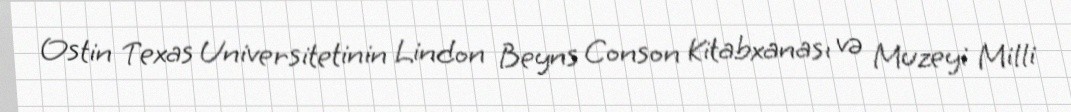
Ostin Texas Universitetinin Lindon Beyns Conson Kitabxanası və Muzeyi Milli